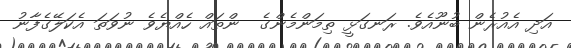
އަދި އެއުރެން ބުނޫއެވެ. ރަނގަޅީ ތިމަންމެންގެ  ންތައް ހެއްޔެވެ ނުވަތަ އެކަލޭގެފާނު